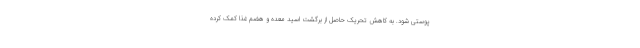
پوستی شود. به کاهش تحریک حاصل از برگشت اسید معده و هضم غذا کمک کرده